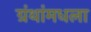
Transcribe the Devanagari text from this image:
ग्रंथांमधला